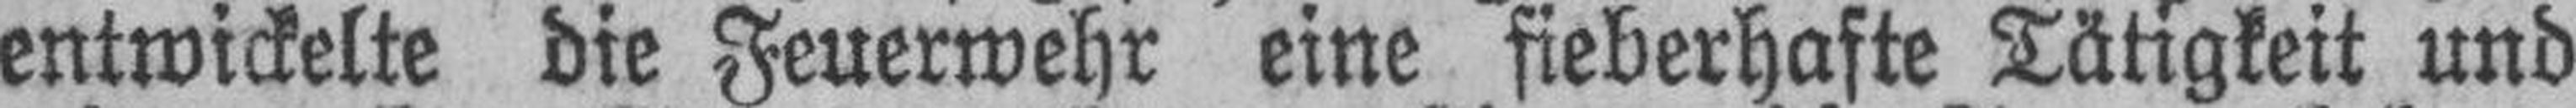
entwickelte die Feuerwehr eine fieberhafte Tätigkeit und